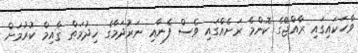
ވާހަކައިގައި ރާއްޖޭގެ ކޮންމެ ރަށެއްގައި ވެސް ފެނާއި ނަރުދަމާގެ ޚިދުމަތް ޤާއިމް ކުރުމަށް